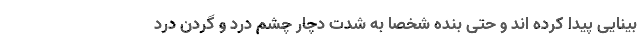
بینایی پیدا کرده اند و حتی بنده شخصا به شدت دچار چشم درد و گردن درد